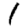
Digit: 1